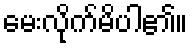
မေးလိုက်မိပါ၏။